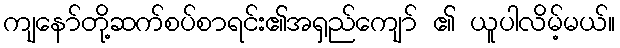
ကျနော်တို့ဆက်စပ်စာရင်း၏အရှည်ကျော် ၏ ယူပါလိမ့်မယ်။